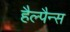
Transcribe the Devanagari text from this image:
हैल्पैन्स